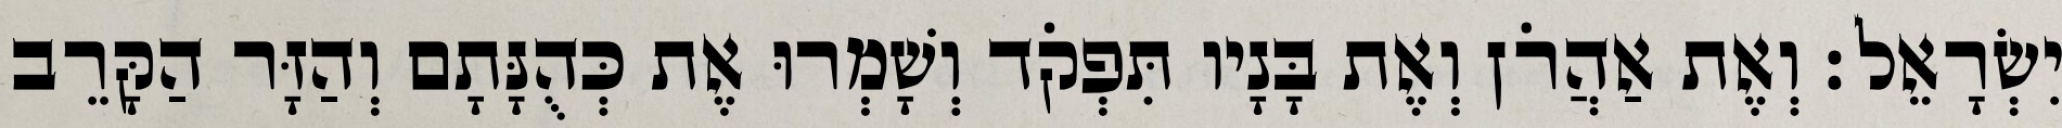
יִשְׂרָאֵל׃ וְאֶת אַהֲרֹן וְאֶת בָּנָיו תִּפְקֹד וְשָׁמְרוּ אֶת כְּהֻנָּתָם וְהַזָּר הַקָּרֵב